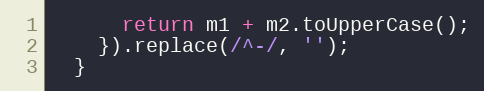
Language: JavaScript
      return m1 + m2.toUpperCase();
    }).replace(/^-/, '');
  }